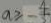
a \geq - \frac { 4 } { 3 }